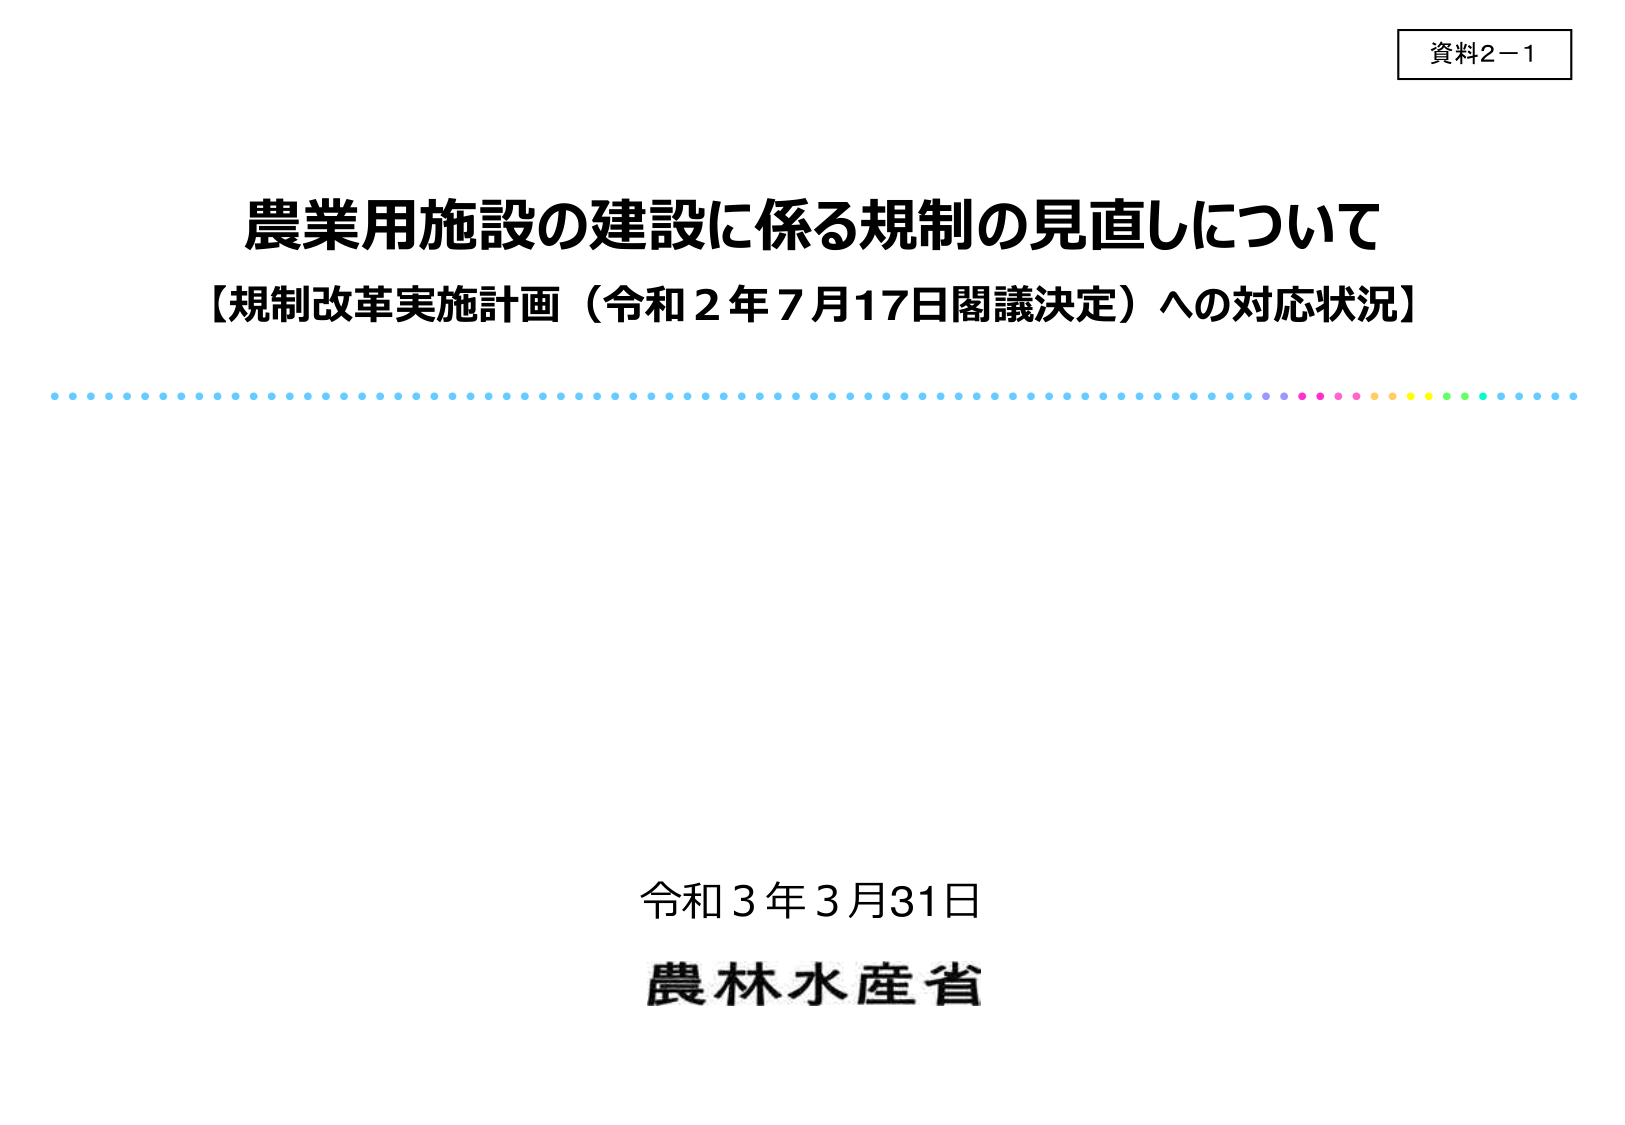
資料2－1

農業用施設の建設に係る規制の見直しについて
【規制改革実施計画（令和2年7月17日閣議決定）への対応状況】

令和3年3月31日
農林水産省